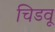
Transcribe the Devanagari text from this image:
चिडवू